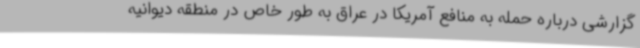
گزارشی درباره حمله به منافع آمریکا در عراق به طور خاص در منطقه دیوانیه